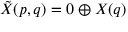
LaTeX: { \tilde { X } } ( p , q ) = 0 \oplus X ( q )